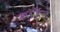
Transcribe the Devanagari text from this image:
माउँट